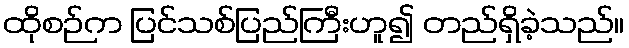
ထိုစဉ်က ပြင်သစ်ပြည်ကြီးဟူ၍ တည်ရှိခဲ့သည်။